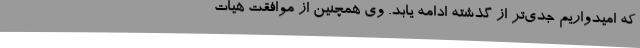
که امیدواریم جدی‌تر از گذشته ادامه یابد. وی همچنین از موافقت هیات